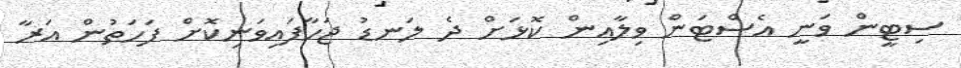
ސިޓީން ވަނީ އެސްޓަން ވިލާއިން ކޮޅަށް ދެ ލަނޑު ޖަހާފައިވަނިކޮށް ފަހަތުން އަރާ